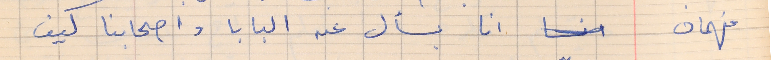
فهمان      انا بسأل عن البابا واصحابنا كيف